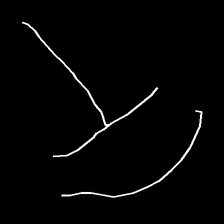
Glyph: dispersion